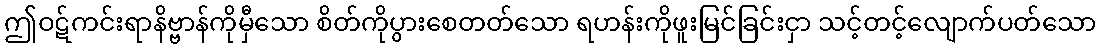
ဤဝဋ်ကင်းရာနိဗ္ဗာန်ကိုမှီသော စိတ်ကိုပွားစေတတ်သော ရဟန်းကိုဖူးမြင်ခြင်းငှာ သင့်တင့်လျောက်ပတ်သော